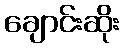
ချောင်းဆိုး